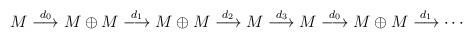
LaTeX: \begin{align*}M \stackrel{d_0}{\longrightarrow} M \oplus M \stackrel{d_1}{\longrightarrow} M \oplus M \stackrel{d_2}{\longrightarrow} M \stackrel{d_3}{\longrightarrow} M \stackrel {d_0}{\longrightarrow} M \oplus M\stackrel{d_1}{\longrightarrow} \cdots\end{align*}